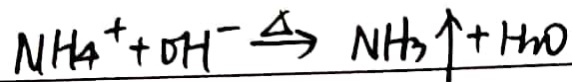
N H _ { 4 } ^ { + } + O H ^ { - } \xrightarrow { \Delta } N H _ { 3 } \uparrow + H _ { 2 } O